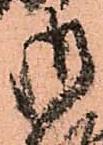
御